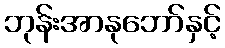
ဘုန်းအာနုဘော်နှင့်